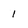
Character: 1